Insane asylums Bombay 1873-77 - 1873-1877
Year: 1873
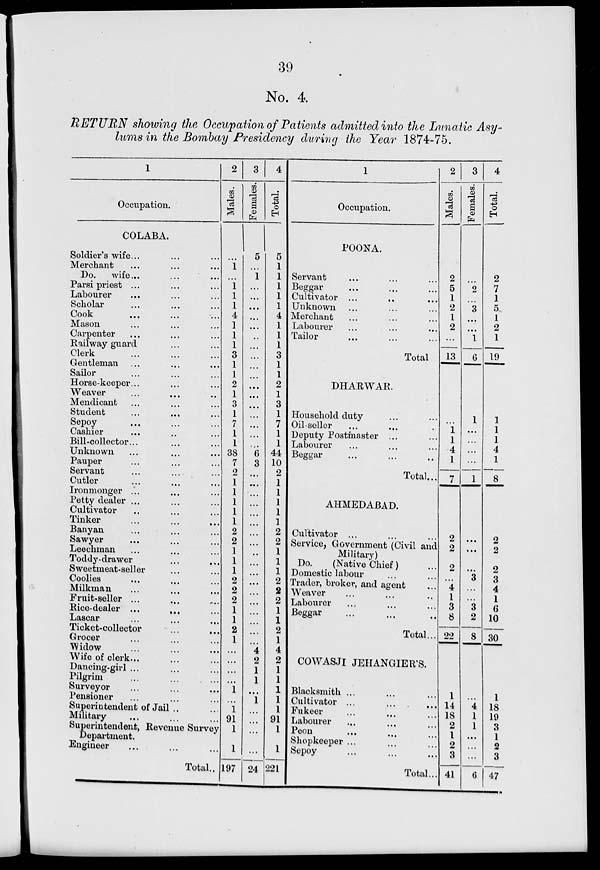
39
No. 4.
RETURN showing the Occupation of Patients admitted into the Lunatic Asy-
lums in the Bombay Presidency during the Year 1874-75.
1
Occupation.
COLABA.
Soldier's wife . . . . . . ...
Merchant ... ... ...
Do.
wife... ... ...
Parsi priest ... ... ...
Labourer ... ... ...
Scholar ... ... ...
Cook ... ... ...
Mason ... ... ...
Carpenter ... ... ...
Railway guard ... ...
Clerk ... ... ...
Gentleman ... ... ...
Sailor ... ... ...
Horse-keeper . . . . . . ...
Weaver ... ... ...
Mendicant ... ... ...
Student ... ... ...
Sepoy ... ... ...
Cashier ... ... ...
Bill-collector . . . . . . ...
Unknown ... ... ...
Pauper ... ... ...
Servant ... ... ...
Cutler ... ... ...
Ironmonger ... ... ...
Petty dealer ... ... ...
Cultivator ... ... ...
Tinker ... ... ...
Banyan ... ... ...
Sawyer ... ... ...
Leechman ... ... ...
Toddy-drawer ... ...
Sweetmeat-seller ... ...
Coolies ... ... ...
Milkman ... ... ...
Fruit-seller ... ... ...
Rice-dealer ... ... ...
Lascar ... ... ...
Ticket-collector
... ...
Grocer ... ... ...
Widow ... ... ...
Wife of clerk . . . . . . ...
Dancing-girl ... ... ...
Pilgrim ... ... ...
Surveyor ... ... ...
Pensioner ... ... ...
Superintendent of Jail .. ...
Military ... ... ...
Superintendent, Revenue Survey
Department.
Engineer ... ... ...
Total ..
2
Males.
...
1
...
1
1
1
4
1
1
1
3
1
1
2
1
3
1
7
1
1
38
7
2
1
1
1
1
1
2
2
1
1
1
2
2
2
1
1
2
1
...
...
...
...
1
...
1
91
1
1
197
3
Females.
5
...
1
...
...
...
...
...
...
...
...
...
...
...
...
...
...
...
...
...
6
3
...
...
...
...
...
...
...
...
...
...
...
...
...
...
...
...
...
...
4
2
1
1
...
1
...
...
...
...
24
4
Total.
5
1
1
1
1
1
4
1
1
1
3
1
1
2
1
3
1
7
1
1
44
10
2
1
1
1
1
1
2
2
1
1
1
2
2
2
1
1
2
1
4
2
1
1
1
1
1
91
1
1
221
1
Occupation.
POONA.
Servant ... ... ...
Beggar ... ... ...
Cultivator ... ... ...
Unknown ... ... ...
Merchant ... ... ...
Labourer ... ... ...
Tailor ... ... ...
Total
DHARWAR.
Household duty ... ...
Oil-seller ... ... ...
Deputy Postmaster ... ...
Labourer ... ... ...
Beggar ... ... ...
Total...
AHMEDABAD.
Cultivator ... ... ...
Service, Government (Civil and
Military)
Do.
(Native Chief) ...
Domestic labour ... ...
Trader, broker, and agent ...
Weaver ... ... ...
Labourer ... ... ...
Beggar ... ... ...
Total...
COWASJI JEHANGIER'S.
Blacksmith ... ... ...
Cultivator ... ... ...
Fukeer ... ... ...
Labourer ... ... ...
Peon ... ... ...
Shopkeeper ... ... ...
Sepoy ... ... ...
Total ...
2
Males.
2
5
1
2
1
2
...
13
...
1
1
4
1
7
2
2
2
...
4
1
3
8
22
1
14
18
2
1
2
3
41
3
Females.
...
2
...
3
...
...
1
6
1
...
...
...
...
1
...
...
...
3
...
...
3
2
8
...
4
1
1
...
...
...
6
4
Total.
2
7
1
5
1
2
1
19
1
1
1
4
1
8
2
2
2
3
4
1
6
10
30
1
18
19
3
1
2
3
47